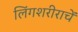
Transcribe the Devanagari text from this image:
लिंगशरीराचें